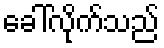
ခေါ်လိုက်သည်